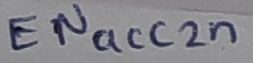
Text: ENacc2n